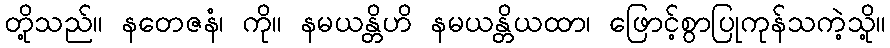
တို့သည်။ နတေဇနံ၊ ကို။ နမယန္တိဟိ နမယန္တိယထာ၊ ဖြောင့်စွာပြုကုန်သကဲ့သို့။